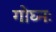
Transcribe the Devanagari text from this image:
गोघ्नः